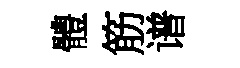
體筋谱